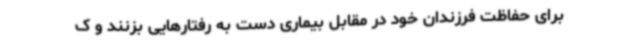
برای حفاظت فرزندان خود در مقابل بیماری دست به رفتارهایی بزنند و ک